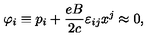
\varphi _ { i } \equiv p _ { i } + \frac { e B } { 2 c } \varepsilon _ { i j } x ^ { j } \approx 0 ,